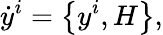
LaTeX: \dot{y}^{i}=\left\{ y^{i},H\right\} ,